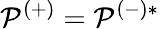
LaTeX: \mathcal{P}^{(+)}=\mathcal{P}^{(-)*}